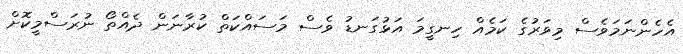
އެހެންނަމަވެސް މިވަރުގެ ކަމެއް ހިނގީމަ އަޅުގަނޑު ވެސް މަސައްކަތް ކުރާނަން ދެއްތޯ ނުރަސްމީކޮށް